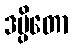
ဒပ္ပိတော